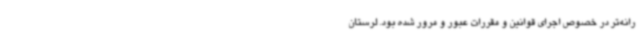
رانه‌تر در خصوص اجرای قوانین و مقررات عبور و مرور شده بود. لرستان